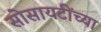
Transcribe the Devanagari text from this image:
सोसायटींच्या